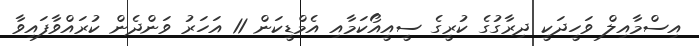
އިސްމާއިލް ވަހީދަކީ ދިރާގުގެ ކުރީގެ ސީއީއޯކަމާއި އެމްޑީކަން 11 އަހަރު ވަންދެން ކުރައްވާފައިވާ